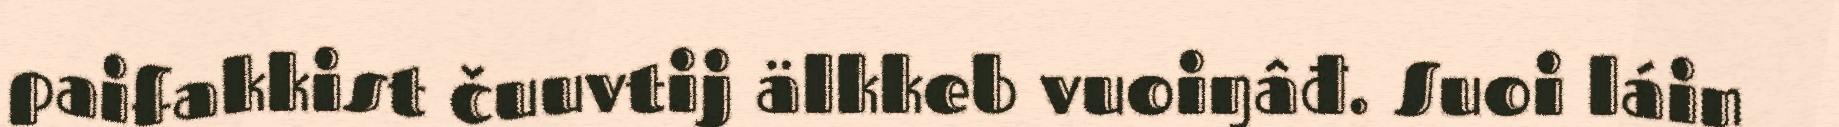
paifakkist čuuvtij älkkeb vuoiŋâđ. Suoi láin